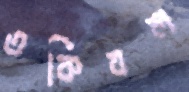
তকিবল